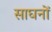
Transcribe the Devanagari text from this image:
साघनों